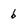
Character: 6